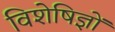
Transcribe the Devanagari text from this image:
विशेषिज्ञों